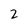
Character: 2